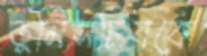
ভূমিসচিবকে